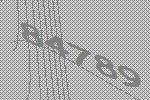
84789